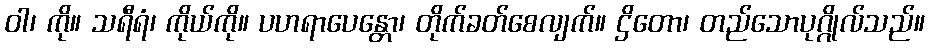
ဝါ၊ ကို။ သရီရံ၊ ကိုယ်ကို။ ပဟရာပေန္တော၊ တိုက်ခတ်စေလျက်။ ဌိတော၊ တည်သောပုဂ္ဂိုလ်သည်။